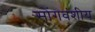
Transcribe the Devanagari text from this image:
सोंगवंशीय